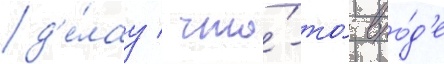
д'е́лау / что́-то́ вро́д'е